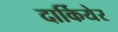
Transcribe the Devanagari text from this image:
दार्कियेर